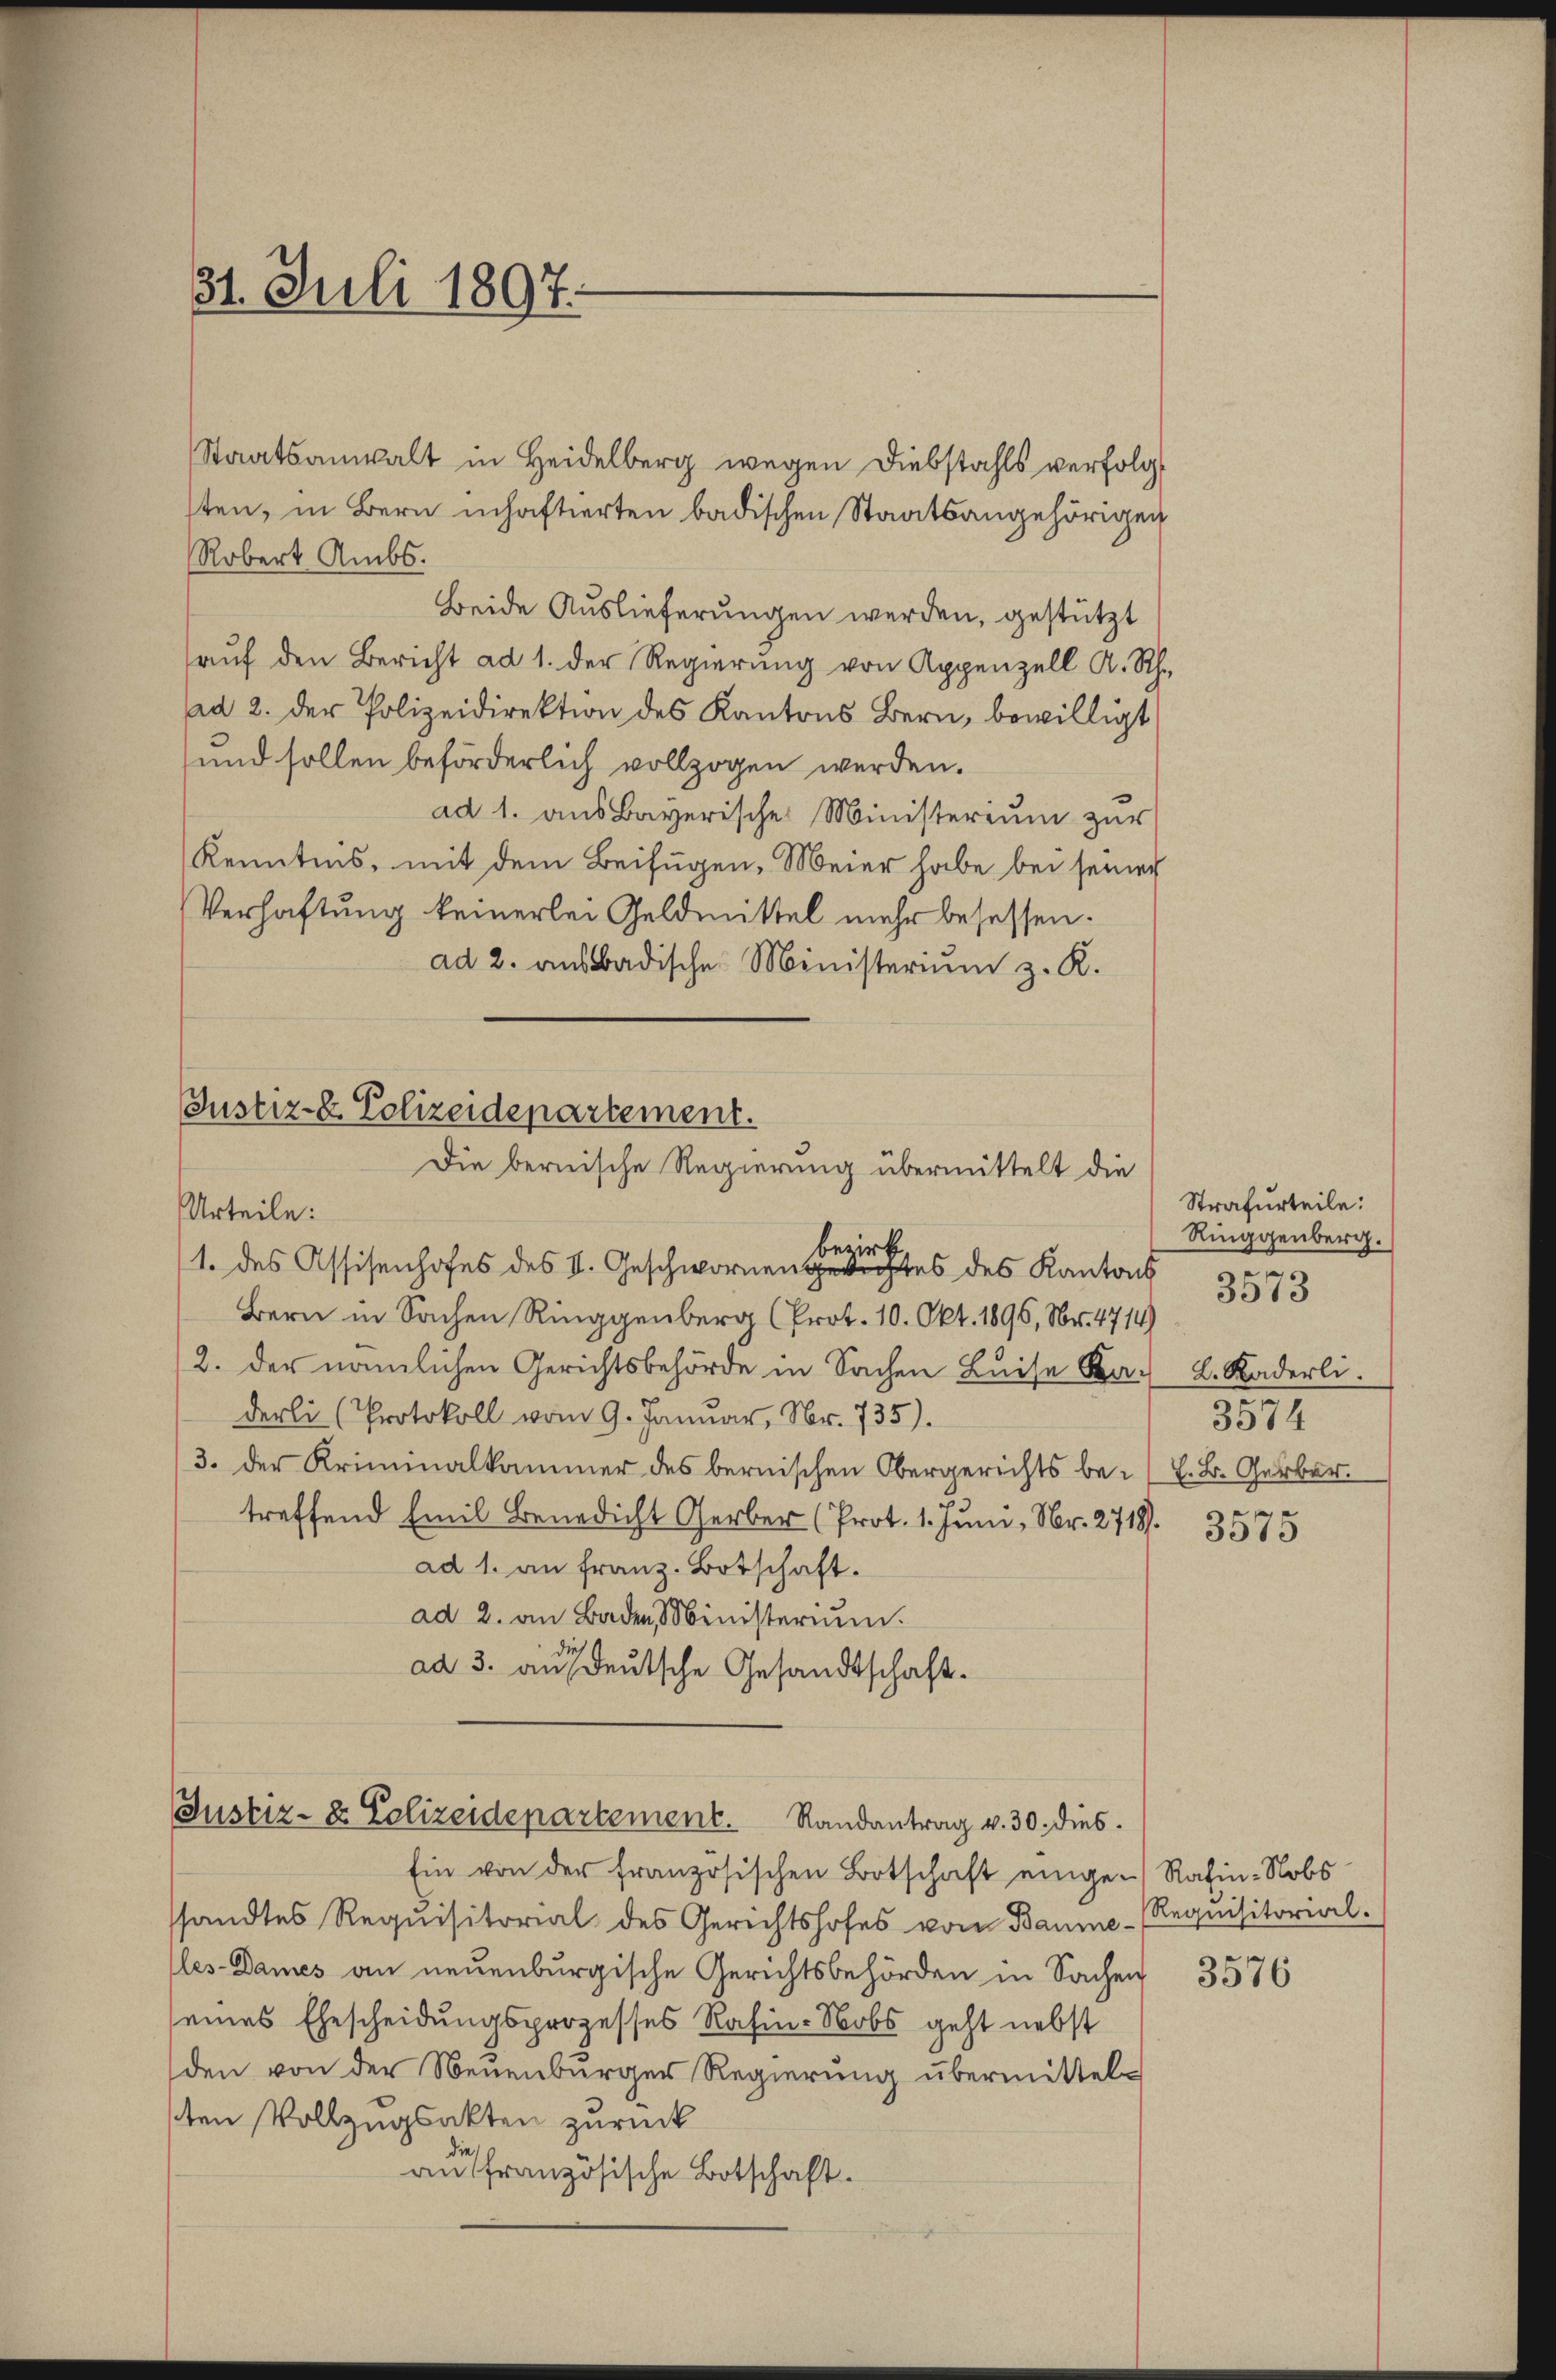
31. Juli 1897.

Staatsanwalt in Heidelberg wegen Diebstahls verfolgt
sten, in Bern inhaftierten badischen Staatsangehörigen
Robert Ambs.
Beide Auslieferungen werden, gestützt
aŭf den Bericht ad 1. der Regierŭng von Appenzell A. Rh.
ad 2. der Polizeidirektion des Kantons Bern, bewilligt
und sollen beförderlich vollzogen werden.
ad 1. aus Bayerische Ministerium zur
Kenntnis, mit dem Beifügen, Meier habe bei seiner
Verhaftung keinerlei Geldmittel mehr besessen.
ad 2. aus badische Ministerium z. K.

Justiz- & Polizeidepartement.
Die bernische Regierung übermittelt die
Urteile:
bezirk

1. des Assisenhofes des II. Geschwornengerichtes des Kantons
Bern in Sachen Ringgenberg (Prot. 10. Okt. 1896, Nr. 4714)
2. der nämlichen Gerichtsbehörde in Sachen Beise Ka-
derli (Protokoll vom 9. Januar, Nr. 735).
3. der Kriminalkammer des bernischen Obergerichts bei. B. Gerber.
treffend Emil Benedicht Gerber (Prot. 1. Juni, Nr. 2718).
ad 1. an franz. Botschaft.
ad 2. an Baden, Ministerium.
ad 3. aus deutsche Gesandtschaft.

Justiz- & Polizeidepartement. Randantrag v. 30. dies

Strafurteile:
Ringgenberg.
e
L. Räderli.
3574

Ein von der französischen Botschaft einge-Rafin-Nobs
ssandtes Requisitorial des Gerichtshofes von Baume - Requisitorial-
les-Dames an neuenburgische Gerichtsbehörden in Sachen
eines Ehescheidungsprozesses Rafin-Nobs geht nebst
den von der Neuenburger Regierung übermittelsten Vollzugsakten zurück
die
an französische Botschaft.

3513

¬
3575

3576